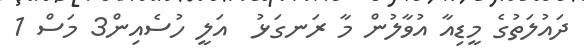
ދައުލަތުގެ މީޑިއާ އުވާލުން މާ ރަނގަޅު  އަލީ ހުސެއިން3 މަސް 1